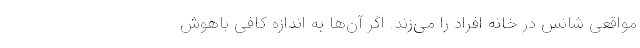
مواقعی شانس در خانه‌ افراد را می‌زند. اگر آن‌ها به اندازه کافی باهوش